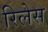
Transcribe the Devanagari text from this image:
रिलेस